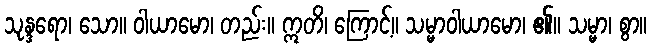
သုန္ဒရော၊ သော။ ဝါယာမော၊ တည်း။ ဣတိ၊ ကြောင့်။ သမ္မာဝါယာမော၊ ၏။ သမ္မာ၊ စွာ။